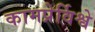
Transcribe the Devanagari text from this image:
कामप्रेर्विश्वे